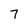
Character: 7